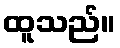
ထူသည်။